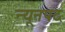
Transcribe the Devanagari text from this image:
न्यूनपद